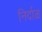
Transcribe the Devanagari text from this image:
निर्दाळ